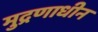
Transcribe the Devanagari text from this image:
मुद्रणाधीन